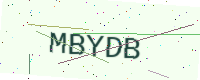
Text: MBYDB